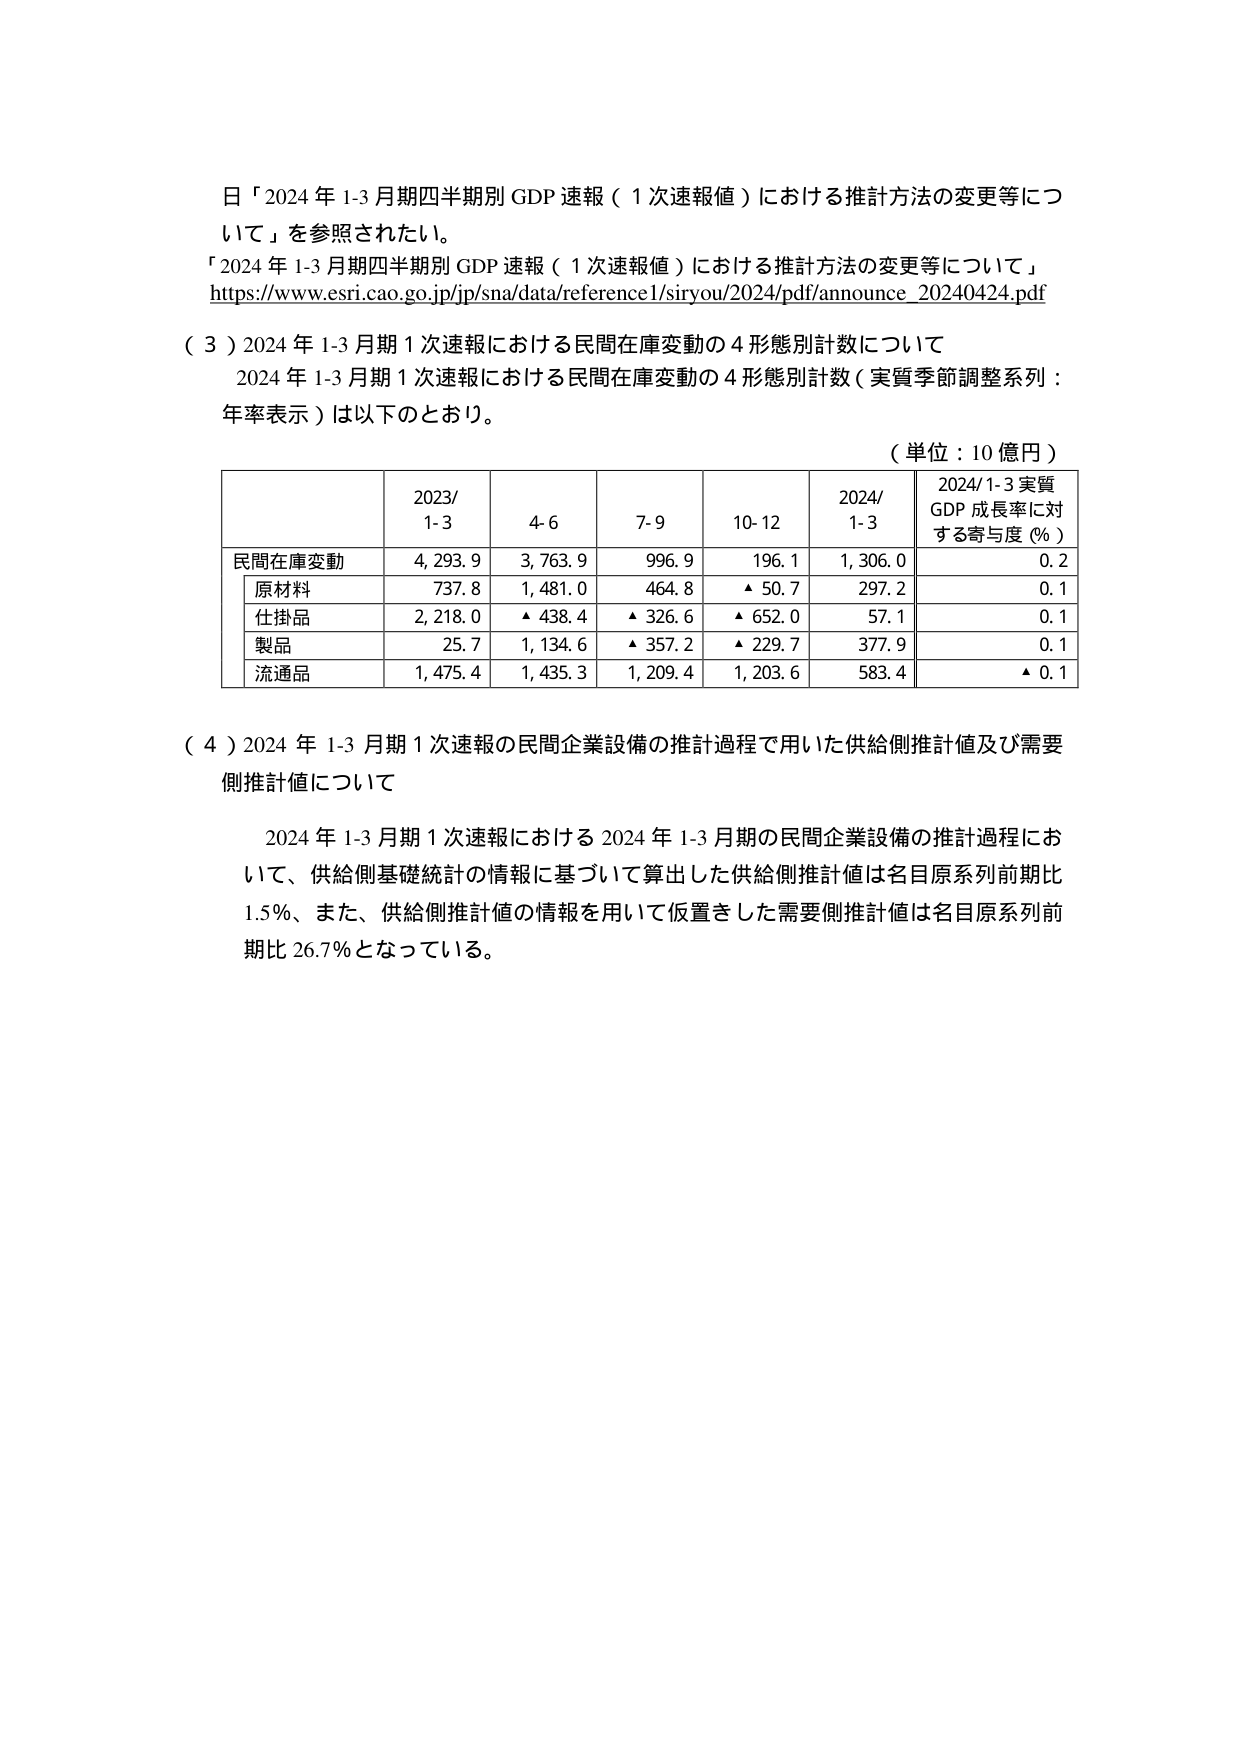
日「2024年1-3月期四半期別GDP速報（1次速報値）における推計方法の変更等について」を参照されたい。

「2024年1-3月期四半期別GDP速報（1次速報値）における推計方法の変更等について」
https://www.esri.cao.go.jp/jp/sna/data/reference1/siryou/2024/pdf/announce_20240424.pdf

（3）2024年1-3月期1次速報における民間在庫変動の4形態別計数について
2024年1-3月期1次速報における民間在庫変動の4形態別計数（実質季節調整系列：年率表示）は以下のとおり。

（単位：10億円）

| | 2023/1-3 | 4-6 | 7-9 | 10-12 | 2024/1-3 | 2024/1-3実質GDP成長率に対する寄与度（%） |
|---|---|---|---|---|---|---|
| 民間在庫変動 | 4,293.9 | 3,763.9 | 996.9 | 196.1 | 1,306.0 | 0.2 |
| 原材料 | 737.8 | 1,481.0 | 464.8 | ▲50.7 | 297.2 | 0.1 |
| 仕掛品 | 2,218.0 | ▲438.4 | ▲326.6 | ▲652.0 | 57.1 | 0.1 |
| 製品 | 25.7 | 1,134.6 | ▲357.2 | ▲229.7 | 377.9 | 0.1 |
| 流通品 | 1,475.4 | 1,435.3 | 1,209.4 | 1,203.6 | 583.4 | ▲0.1 |

（4）2024年1-3月期1次速報の民間企業設備の推計過程で用いた供給側推計値及び需要側推計値について

2024年1-3月期1次速報における2024年1-3月期の民間企業設備の推計過程において、供給側基礎統計の情報に基づいて算出した供給側推計値は名目原系列前期比1.5%、また、供給側推計値の情報を用いて仮置きした需要側推計値は名目原系列前期比26.7%となっている。